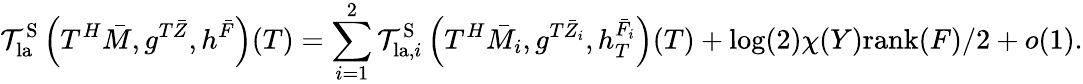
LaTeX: \mathcal{T}_{\mathrm{la}}^{\mathrm{S}}\left(T^{H}\bar{M},g^{T{\bar{Z}}},h^{\bar{F}}\right)(T)=\sum_{i=1}^{2}\mathcal{T}_{\mathrm{la},i}^{\mathrm{S}}\left(T^{H}\bar{M}_{i},g^{T{\bar{Z}}_{i}},h_{T}^{\bar{F}_{i}}\right)(T)+\log(2)\chi(Y)\mathrm{rank}(F)/2+o(1).